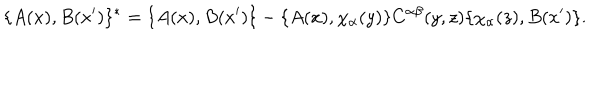
LaTeX: \{ A ( x ) , B ( x ^ { \prime } ) \} ^ { * } = \{ A ( x ) , B ( x ^ { \prime } ) \} - \{ A ( x ) , \chi _ { \alpha } ( y ) \} C ^ { \alpha \beta } ( y , z ) \{ \chi _ { \alpha } ( z ) , B ( x ^ { \prime } ) \} .